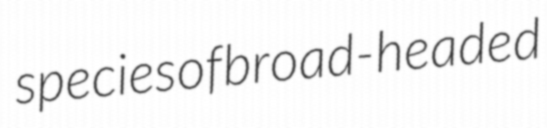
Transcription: species of broad-headed